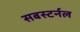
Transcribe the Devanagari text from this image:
सबस्टर्नल